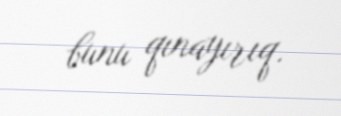
bunu qınayırıq.